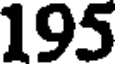
195